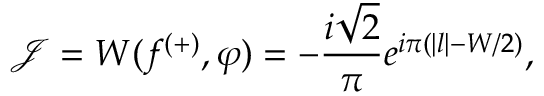
\mathcal { J } = W ( f ^ { ( + ) } , \varphi ) = - \frac { i \sqrt { 2 } } { \pi } e ^ { i \pi ( | l | - W / 2 ) } ,